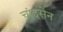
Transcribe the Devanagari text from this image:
चांदसेन